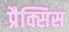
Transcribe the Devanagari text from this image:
प्रैक्सिस